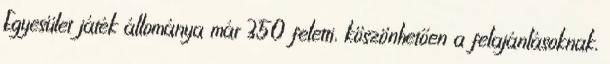
Egyesület játék állománya már 350 feletti, köszönhetően a felajánlásoknak,